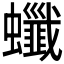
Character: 𧕂